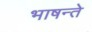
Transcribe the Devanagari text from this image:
भाषन्ते